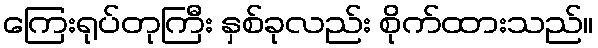
ကြေးရုပ်တုကြီး နှစ်ခုလည်း စိုက်ထားသည်။